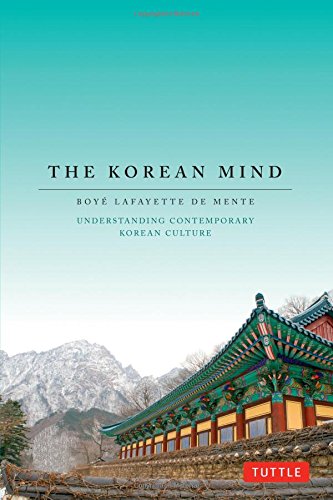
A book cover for The Korean Mind: Understanding Contemporary Korean Culture; Boye Lafayette De Mente; Business & Money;